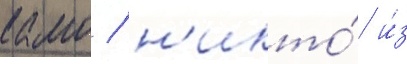
камо / н'икто́ и́з